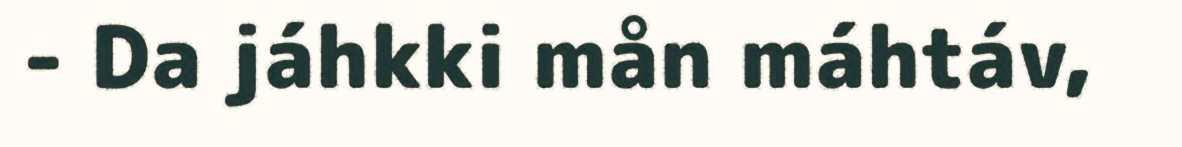
- Da jáhkki mån máhtáv,